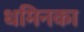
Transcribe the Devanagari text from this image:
धमिनका